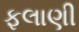
ફલાણી